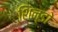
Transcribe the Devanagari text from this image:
शिन्डो